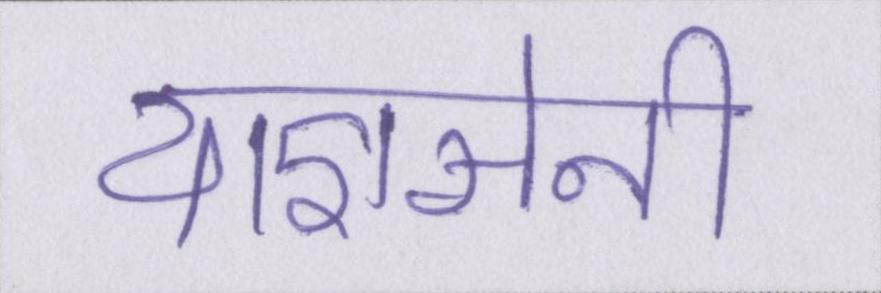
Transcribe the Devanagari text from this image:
याज्ञसेनी